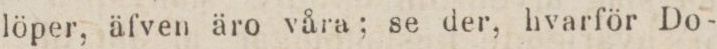
löper. äfven äro våra; se der, hvarför Do-